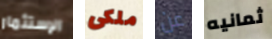
الإستثمار ملكى عن ثمانيه